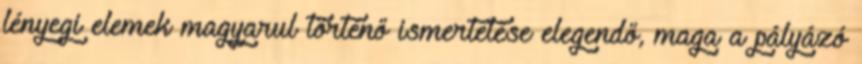
lényegi elemek magyarul történő ismertetése elegendő, maga a pályázó